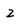
Character: 2